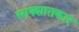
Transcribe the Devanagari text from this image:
साक्शातकार